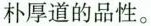
朴厚道的品性。